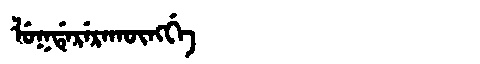
Manchu: ᠯᡠᡴᡩᡝᡵᡝᡵᠠᡴᡡᠩᡤᡝ
Romanization: LUKDERERAKŪNGGE